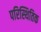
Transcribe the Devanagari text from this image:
परिस्थितिक